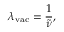
\lambda _ { \mathrm { { v a c } } } = { \frac { 1 } { \tilde { \nu } } } ,